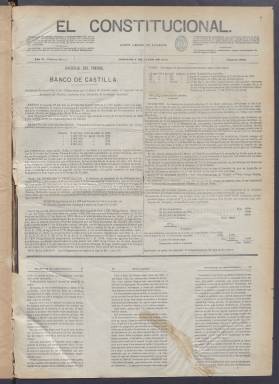
Título: El Constitucional (Alicante)
Colección: Periódicos
Ámbito geográfico: Alicante
Lugar de publicación: Alicante
Fechas: 03/01/1875-30/09/1876